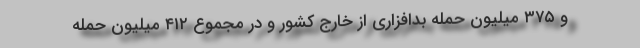
و ۳۷۵ میلیون حمله بدافزاری از خارج کشور و در مجموع ۴۱۲ میلیون حمله